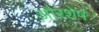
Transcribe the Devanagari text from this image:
औरशेष